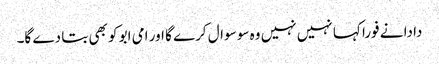
دادا نے فورا کہا نہیں نہیں وہ سو سوال کرے گا اور امی ابو کو بھی بتا دے گا۔